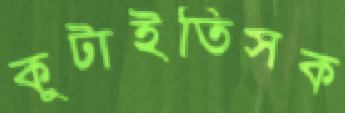
কুটাইতিসক